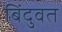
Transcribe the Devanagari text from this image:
बिंदुवत